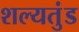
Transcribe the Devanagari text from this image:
शल्यतुंड